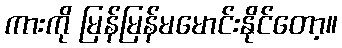
ကားကို မြန်မြန်မမောင်းနိုင်တော့။